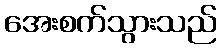
အေးစက်သွားသည်